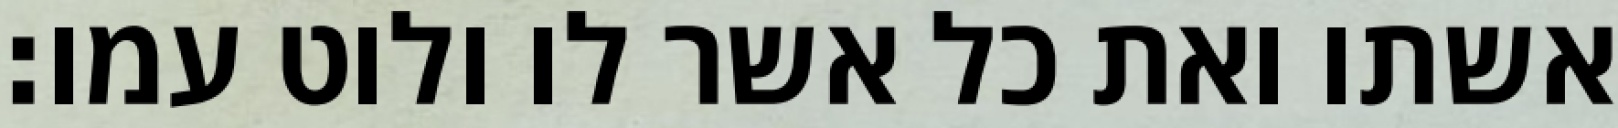
אשתו ואת כל אשר לו ולוט עמו׃